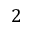
2